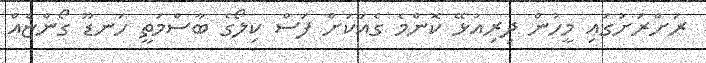
ރަށްރަށުގައި މީހުން ދިރިއުޅޭ ކޮންމެ ގެއަކަށް ފަސް ކިލޯގެ ބާސްމަތީ ހަނޑޫ ގޯންޏެއް